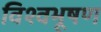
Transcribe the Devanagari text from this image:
विश्वभूषण